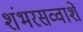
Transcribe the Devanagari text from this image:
शंभरसव्वाशें